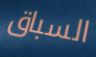
السباق